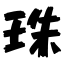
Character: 珠